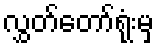
လွှတ်တော်ရုံးမှ